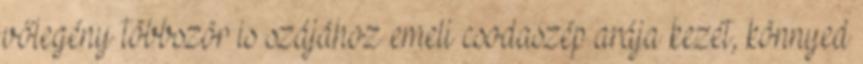
vőlegény többször is szájához emeli csodaszép arája kezét, könnyed